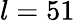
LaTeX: l=51